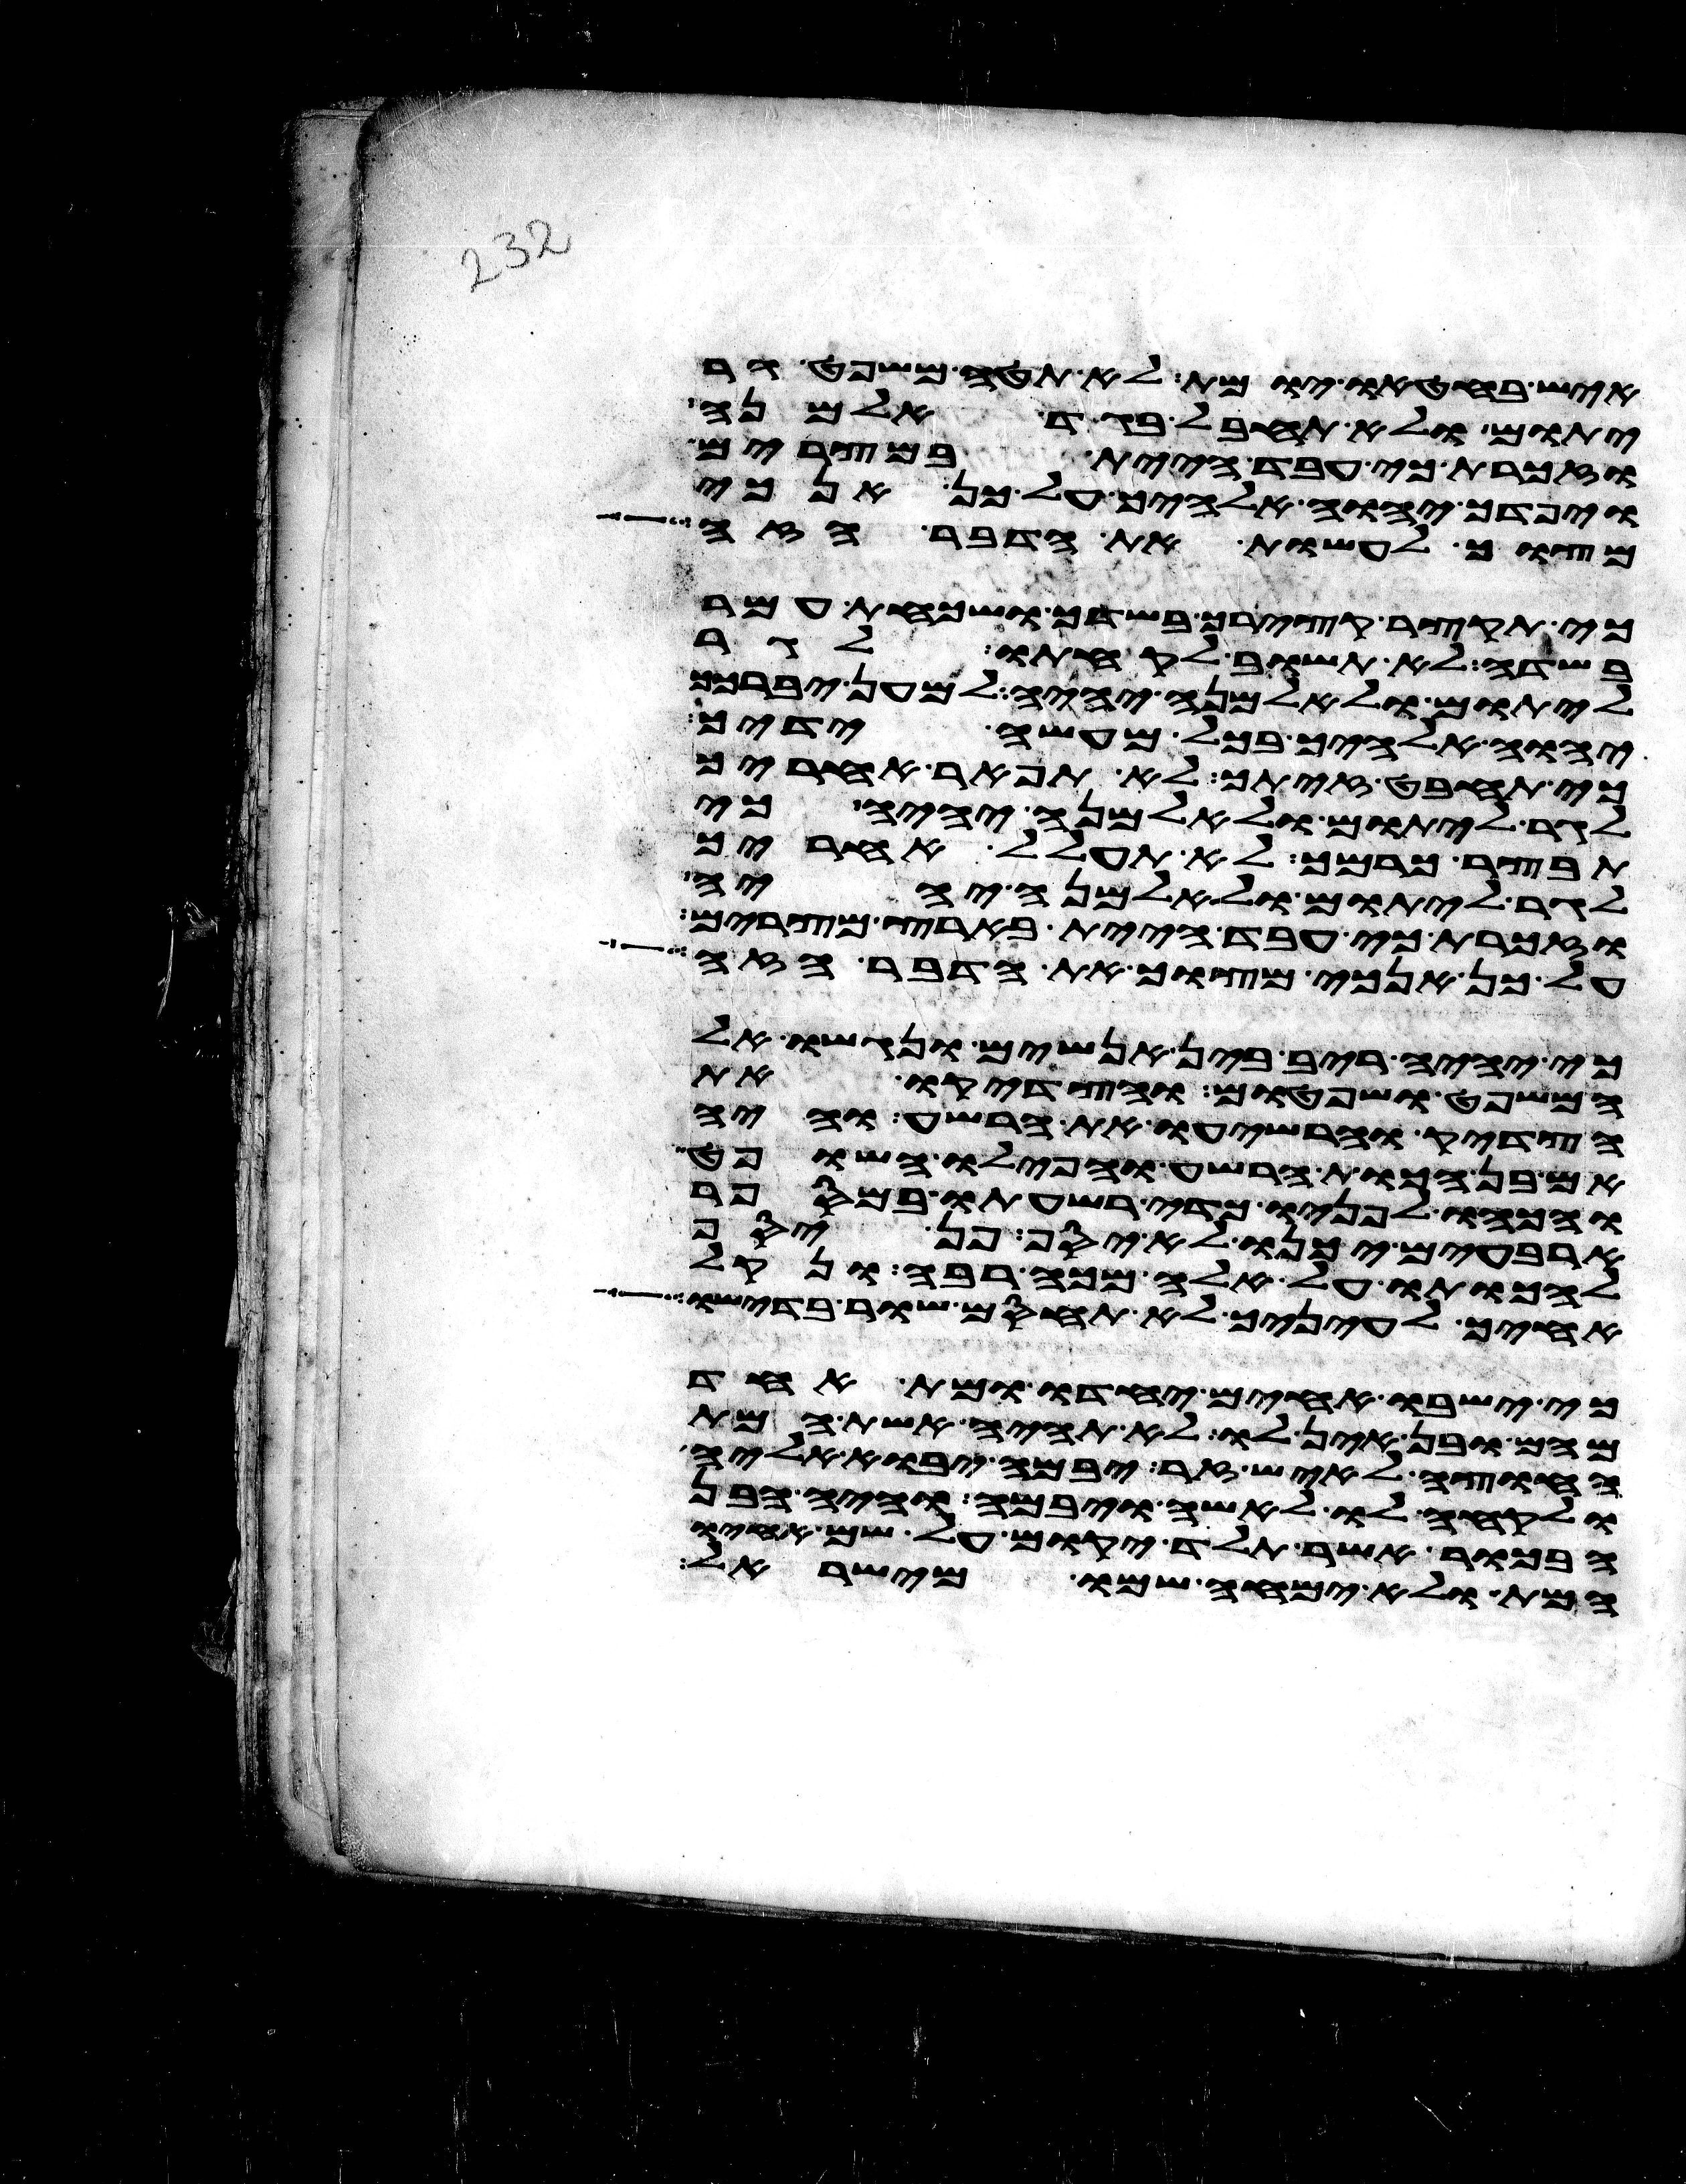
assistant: איש בחטאו יומת לא תטה משפט גר
יתום ולא תחבל בגד אלמנה
וזכרת כי עבד היית במצרים
ויפדך יהוה אלהיך על כן אנכי
מצוך לעשות את הדבר הזה
כי תקצר קצירך בשדך ושכחת עמר
בשדה לא תשוב לקחתו לגר
ליתום ולאלמנה יהיה למען יברכך
יהוה אלהיך בכל מעשה ידיך
כי תחבט זיתך לא תפאר אחריך
לגר ליתום ולאלמנה יהיה כי
תבצר כרמך לא תעולל אחריך
לגר ליתום ולאלמנה יהיה
וזכרת כי עבד היית בארץ מצרים
על כן אנכי מצוך את הדבר הזה
כי יהיה ריב בין אנשים ונגשו אל
המשפט ושפטום והצדיקו את
הצדיק והרשיעו את הרשע והיה
אם בן הכות הרשע והפילו השופט
והכהו לפניו כדי רשעתו במספר
ארבעים יכנו לא יסף פן יסף
להכותו על אלה מכה רבה ונקל
אחיך לעיניך לא תחסם שור בדישו
כי ישבו אחים יחדו ומת אחד
מהם ובן אין לו לא תהיה אשת המת
החוצה לאיש זר יבמה יבוא אליה
ולקחה לו לאשה ויבמה והיה הבן
הבכור אשר תלד יקום על שם אחיו
המת ולא ימחה שמו מישראל